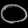
Digit: ၀